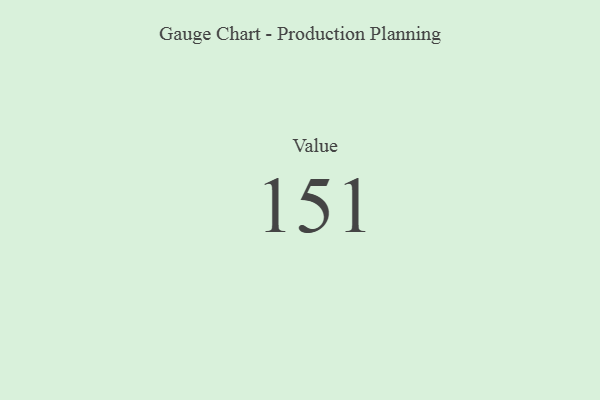
{"axis": {"x": "Metric", "y": "Value"}, "legend": [""], "data": [{"x": "Value", "y": 151, "type": ""}]}